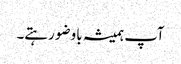
آپ ہمیشہ باوضو رہتے۔